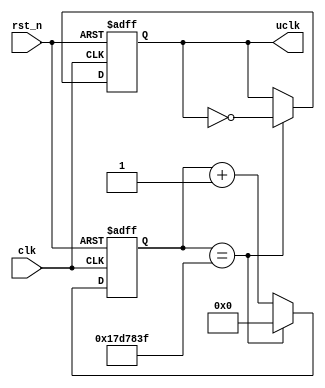
`timescale 1ns / 1ps

module pl_uclk (
    input clk,
    input rst_n,
    output reg uclk
);

  parameter DIV_FREQ = 25_000_000;
  reg [31:0] cnt_div;

  always @(posedge clk or negedge rst_n) begin
    if (!rst_n) begin
      cnt_div <= 32'd0;
      uclk <= 1'd0;
    end else begin
      cnt_div <= cnt_div + 1'd1;
      if (cnt_div == DIV_FREQ - 1'd1) begin
        uclk <= ~uclk;
        cnt_div <= 32'd0;
      end
    end
  end

endmodule